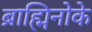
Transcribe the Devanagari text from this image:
ब्राह्मिनोके